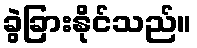
ခွဲခြားနိုင်သည်။